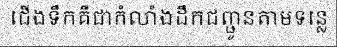
ជើងទឹកគឺជាកំលាំងដឹកជញ្ជូនតាមទន្លេ